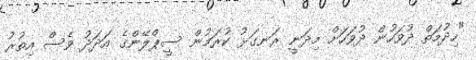
"ހިދުމަތް ދުވަހުން ދުވަހަށް މިދަނީ ރަނގަޅު ކުރަމުން ސީޕްލޭންގެ އަދަދު ވެސް އިތުރު